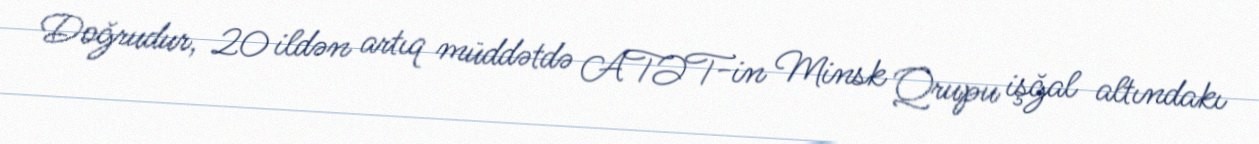
Doğrudur, 20 ildən artıq müddətdə ATƏT-in Minsk Qrupu işğal altındakı